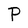
Character: P